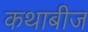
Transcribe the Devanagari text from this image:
कथाबीज